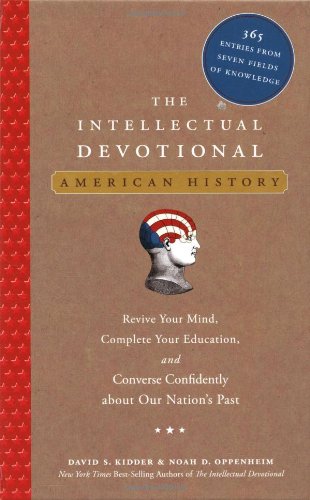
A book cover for The Intellectual Devotional: American History: Revive Your Mind, Complete Your Education, and Converse Confidently about Our Nation's Past; David S. Kidder; History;